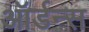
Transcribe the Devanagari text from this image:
ऑर्डन्स